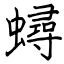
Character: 蟳